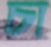
চা